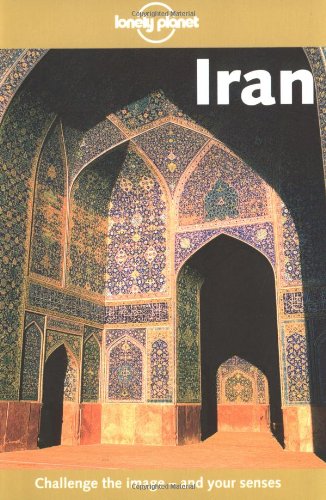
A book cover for Lonely Planet Iran (3rd Edition); Pat Yale; Travel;